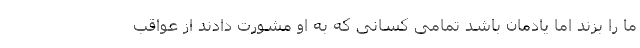
ما را بزند اما یادمان باشد تمامی کسانی که به او مشورت دادند از عواقب